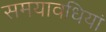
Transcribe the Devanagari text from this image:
समयावधियां